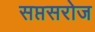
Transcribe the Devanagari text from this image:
सप्तसरोज